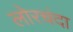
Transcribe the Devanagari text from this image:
लोरचंदा